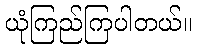
ယုံကြည်ကြပါတယ်။